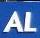
al